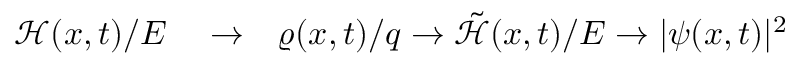
\begin{array} { r l r } { \mathcal { H } ( x , t ) / E } & { { } \to } & { \varrho ( x , t ) / q \to \tilde { \mathcal { H } } ( x , t ) / E \to | \psi ( x , t ) | ^ { 2 } } \end{array}